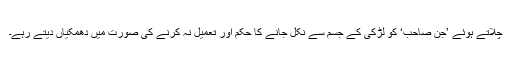
چلاتے ہوئے ’جن صاحب‘ کو لڑکی کے جسم سے نکل جانے کا حکم اور تعمیل نہ کرنے کی صورت میں دھمکیاں دیتے رہے۔